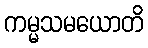
ကမ္မသမယောတိ